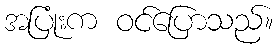
အပြုံးက ဝင်ပြောသည်။